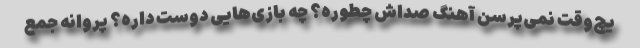
یچ‌وقت نمی‌پرسن آهنگ صداش چطوره؟ چه بازی‌هایی دوست داره؟ پروانه جمع